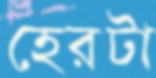
হেরটা